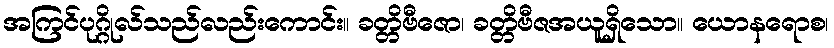
အကြင်ပုဂ္ဂိုလ်သည်လည်းကောင်း။ ခတ္တိဗီဇော၊ ခတ္တိဗီဇအယူရှိသော။ ယောနရောစ၊